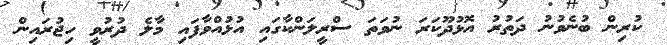
ކުރިން ބުނެވުނު ދަތުރު އޮޅުދޫކަރަ ނުވަތަ ސްރީލަންކާގައި އުޅުއްވާފައި މާލެ ދުރުވީ ހިޖުރައިން